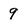
Character: 9